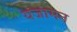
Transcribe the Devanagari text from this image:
यजामन